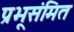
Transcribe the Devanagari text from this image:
प्रभूसंमित